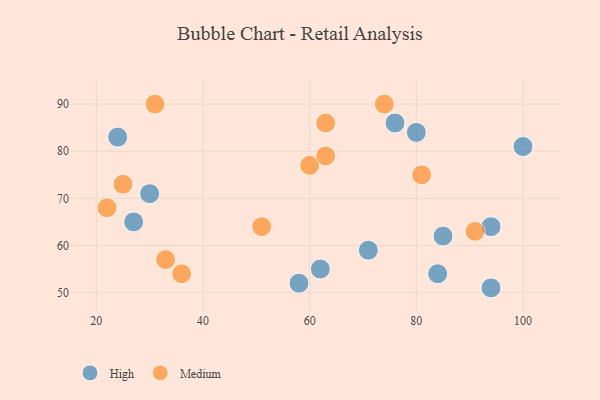
{"axis": {"x": "GDP", "y": "Life Expectancy"}, "legend": ["High", "Medium"], "data": [{"x": "100", "y": 81, "type": "High"}, {"x": "30", "y": 71, "type": "High"}, {"x": "94", "y": 64, "type": "High"}, {"x": "76", "y": 86, "type": "High"}, {"x": "84", "y": 54, "type": "High"}, {"x": "71", "y": 59, "type": "High"}, {"x": "80", "y": 84, "type": "High"}, {"x": "58", "y": 52, "type": "High"}, {"x": "24", "y": 83, "type": "High"}, {"x": "94", "y": 51, "type": "High"}, {"x": "62", "y": 55, "type": "High"}, {"x": "27", "y": 65, "type": "High"}, {"x": "85", "y": 62, "type": "High"}, {"x": "51", "y": 64, "type": "Medium"}, {"x": "33", "y": 57, "type": "Medium"}, {"x": "81", "y": 75, "type": "Medium"}, {"x": "31", "y": 90, "type": "Medium"}, {"x": "60", "y": 77, "type": "Medium"}, {"x": "91", "y": 63, "type": "Medium"}, {"x": "25", "y": 73, "type": "Medium"}, {"x": "36", "y": 54, "type": "Medium"}, {"x": "63", "y": 86, "type": "Medium"}, {"x": "63", "y": 79, "type": "Medium"}, {"x": "22", "y": 68, "type": "Medium"}, {"x": "74", "y": 90, "type": "Medium"}]}